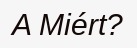
A Miért?